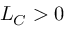
L _ { C } > 0